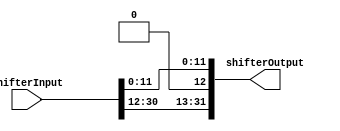
`timescale 1ns / 1ps

module shiftLeft
    (
    input [31:0] shifterInput,
    
    output [31:0] shifterOutput
    );
    
    assign shifterOutput = {shifterInput[31:12] << 1, shifterInput[11:0]};
endmodule